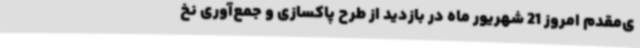
ی‌مقدم امروز 21 شهریور ماه در بازدید از طرح پاکسازی و جمع‌آوری نخ